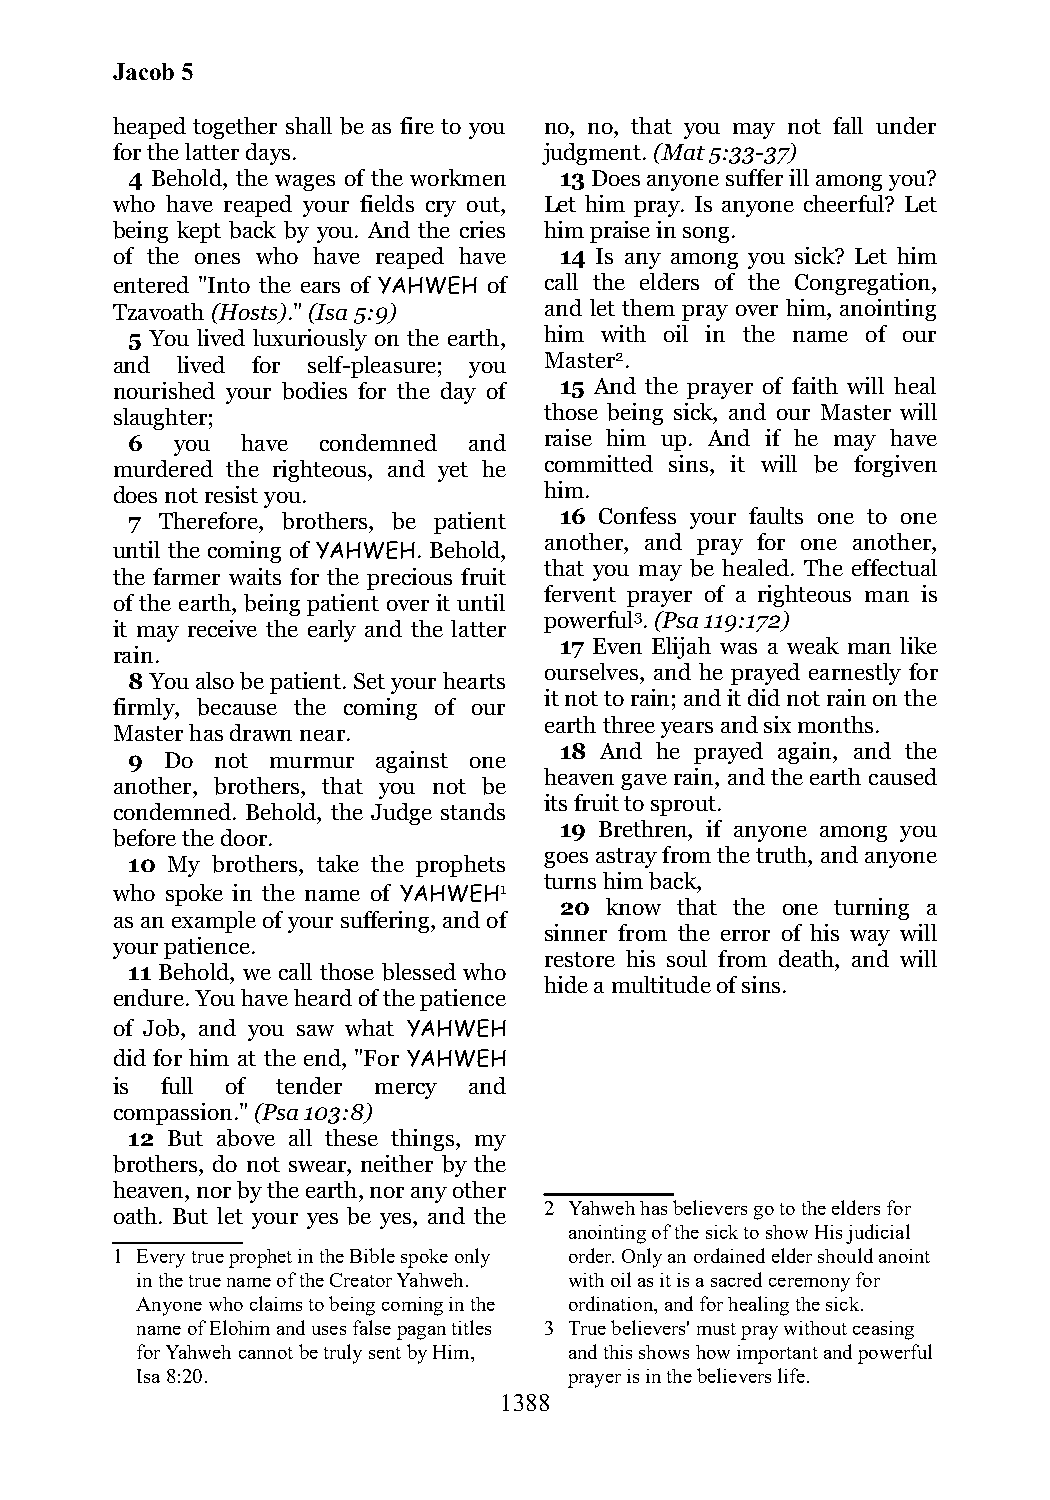
Jacob 5
 heaped together shall be as fire to you no, no, that you may not fall under
 for the latter days.         judgment. (Mat 5:33-37)
 4 Behold, the wages of the workmen 13 Does anyone suffer ill among you?
 who have reaped your fields cry out, Let him pray. Is anyone cheerful? Let
 being kept back by you. And the cries him praise in song.
 of the ones who have reaped have 14 Is any among you sick? Let him
 entered "Into the ears of YAHWEH of call the elders of the Congregation,
 Tzavoath (Hosts)." (Isa 5:9) and let them pray over him, anointing
 5 You lived luxuriously on the earth, him with oil in the name of our
 and  lived for self-pleasure; you Master2.
 nourished your bodies for the day of 15 And the prayer of faith will heal
 slaughter;                   those being sick, and our Master will
 6   you have condemned and  raise him up. And if he may have
 murdered the righteous, and yet he committed sins, it will be forgiven
 does not resist you.         him.
 7  Therefore, brothers, be patient 16 Confess your faults one to one
 another, and pray for one another,
 until the coming of YAHWEH. Behold,
 that you may be healed. The effectual
 the farmer waits for the precious fruit
 fervent prayer of a righteous man is
 of the earth, being patient over it until
 powerful3. (Psa 119:172)
 it may receive the early and the latter
 17 Even Elijah was a weak man like
 rain.
 ourselves, and he prayed earnestly for
 8 You also be patient. Set your hearts
 it not to rain; and it did not rain on the
 firmly, because the coming of our
 earth three years and six months.
 Master has drawn near.
 18 And he prayed again, and the
 9  Do not murmur against one
 heaven gave rain, and the earth caused
 another, brothers, that you not be
 its fruit to sprout.
 condemned. Behold, the Judge stands
 19 Brethren, if anyone among you
 before the door.
 goes astray from the truth, and anyone
 10 My brothers, take the prophets
 turns him back,
 who spoke in the name of YAHWEH1
 20 know that the one turning a
 as an example of your suffering, and of
 sinner from the error of his way will
 your patience.
 restore his soul from death, and will
 11 Behold, we call those blessed who
 hide a multitude of sins.
 endure. You have heard of the patience
 of Job, and you saw what YAHWEH
 did for him at the end, "For YAHWEH
 is  full of tender mercy and
 compassion." (Psa 103:8)
 12 But above all these things, my
 brothers, do not swear, neither by the
 heaven, nor by the earth, nor any other
 2 Yahweh has believers go to the elders for
 oath. But let your yes be yes, and the
 anointing of the sick to show His judicial
 1 Every true prophet in the Bible spoke only order. Only an ordained elder should anoint
 in the true name of the Creator Yahweh. with oil as it is a sacred ceremony for
 Anyone who claims to being coming in the ordination, and for healing the sick.
 name of Elohim and uses false pagan titles 3 True believers' must pray without ceasing
 for Yahweh cannot be truly sent by Him, and this shows how important and powerful
 Isa 8:20.                    prayer is in the believers life.
 1388